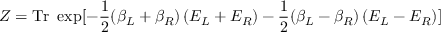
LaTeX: Z = \mathrm { T r } \ \exp [ - \frac 1 2 ( \beta _ { L } + \beta _ { R } ) \left( E _ { L } + E _ { R } \right) - \frac 1 2 ( \beta _ { L } - \beta _ { R } ) \left( E _ { L } - E _ { R } \right) ]